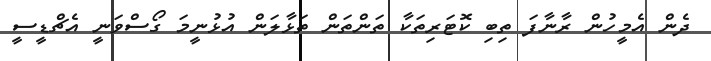
ދެން އެމީހުން ރާނާފަ ތިބި ކޮޓަރިތަކާ ތަންތަން ތަޅާލަން އުޅުނީމަ ގޯސްވަނީ އެޗްޑީސީ